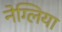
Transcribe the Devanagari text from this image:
नेग्लिया